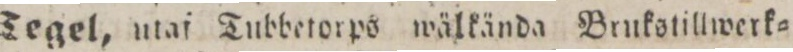
Tegel, utaf Tubbetorps wälkända Brukstillwerk=